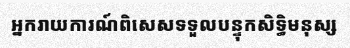
អ្នករាយការណ៍ពិសេសទទួលបន្ទុកសិទ្ធិមនុស្ស